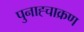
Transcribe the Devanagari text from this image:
पुनाह्चाक्रण